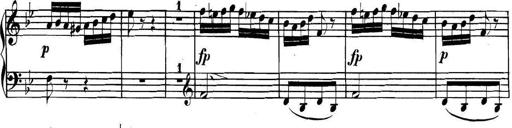
Title: Collected Piano Sonatas
Composer: Muzio Clementi